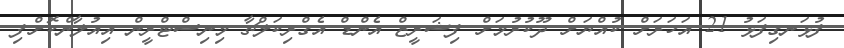
ފުޅަނގިފަޅު 21 އަހަރަށް ކުއްޔަށް ދޫކުރުމަށް ފިޝަރީޒް އެންޑް އެގްރިކަލްޗާ މިނިސްޓްރީން އިއުލާންކޮށްފި